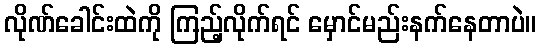
လိုဏ်ခေါင်းထဲကို ကြည့်လိုက်ရင် မှောင်မည်းနက်နေတာပဲ။